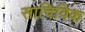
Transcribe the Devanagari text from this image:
साचिविक